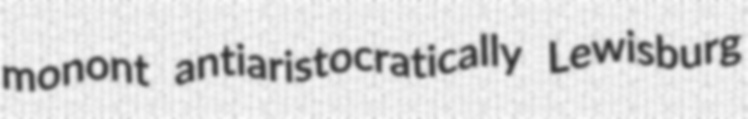
monont antiaristocratically Lewisburg